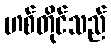
ဟစ်တိုင်သည်